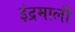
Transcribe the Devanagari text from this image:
इंद्रमाली